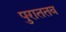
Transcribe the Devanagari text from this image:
पुराततव